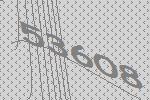
53608